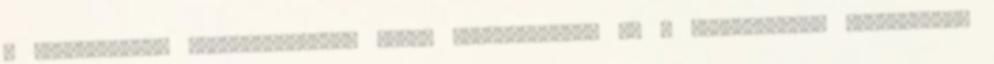
a kisenergiájú elektromágneses jelek felfogásában, és a Laboratórium munkatársai